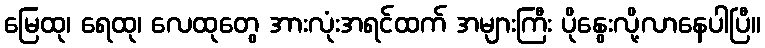
မြေထု၊ ရေထု၊ လေထုတွေ အားလုံးအရင်ထက် အများကြီး ပိုနွေးလို့လာနေပါပြီ။